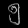
Digit: ၅